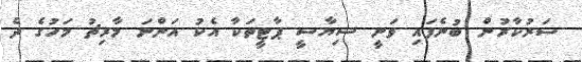
ސަރުކާރުން ބުނެފައި ވަނީ ސިޔާސީ ޕާޓީތަކާ އެކު އަންނަ މާރިޗު މަހުގެ ދެ